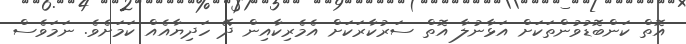
އޮތް ކަންބޮޑުވުންތަކަށް އަޅާނުލާ އޮތް ސަރުކާރަކަށް އެމެރިކާއިން ދޭ ހަދިޔާއެއް ކަމަށެވެ. ނަމަވެސް